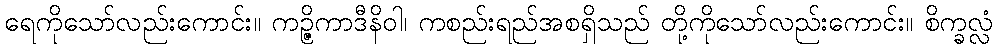
ရေကိုသော်လည်းကောင်း။ ကဉ္ဇိကာဒီနိဝါ၊ ကစည်းရည်အစရှိသည် တို့ကိုသော်လည်းကောင်း။ စိက္ခလ္လံ